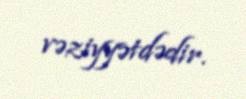
vəziyyətdədir.